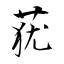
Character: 莸